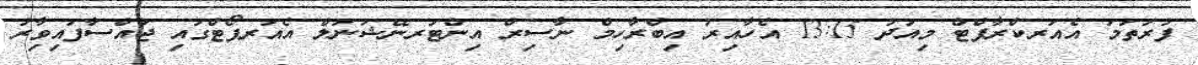
ފުރަތަމަ އެއަރކްރާފްޓް މިއަދު 13:15 އެހާއިރު އިބްރާހިމް ނާސިރް އިންޓަރނޭޝަނަލް އެއަރޕޯޓްގައި ޖައްސާފައިވާިރު